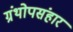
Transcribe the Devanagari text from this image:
ग्रंथोपसंहार